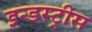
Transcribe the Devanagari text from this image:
इन्डस्ट्रीस